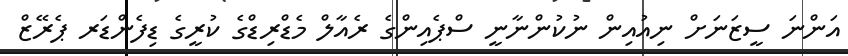
އަންނަ ސީޒަނަށް ނިއުއިން ނުކުންނާނީ ސްޕެއިންގެ ރެއާލް މެޑްރިޑްގެ ކުރީގެ ޑިފެންޑަރ ޕެރޭޒް